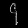
Digit: ၄